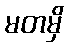
မတမှိ